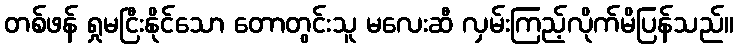
တစ်ဖန် ရှုမငြီးနိုင်သော တောတွင်းသူ မလေးဆီ လှမ်းကြည့်လိုက်မိပြန်သည်။